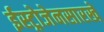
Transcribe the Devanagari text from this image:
ईस्ट्रोजेनसारखे